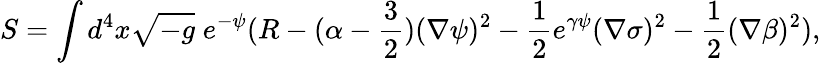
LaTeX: S=\int d^{4}x\sqrt{-g}\; e^{-\psi}(R-(\alpha-\frac{3}{2})(\nabla\psi)^{2}-\frac{1}{2}e^{\gamma\psi}(\nabla\sigma)^{2}-\frac{1}{2}(\nabla\beta)^{2}),